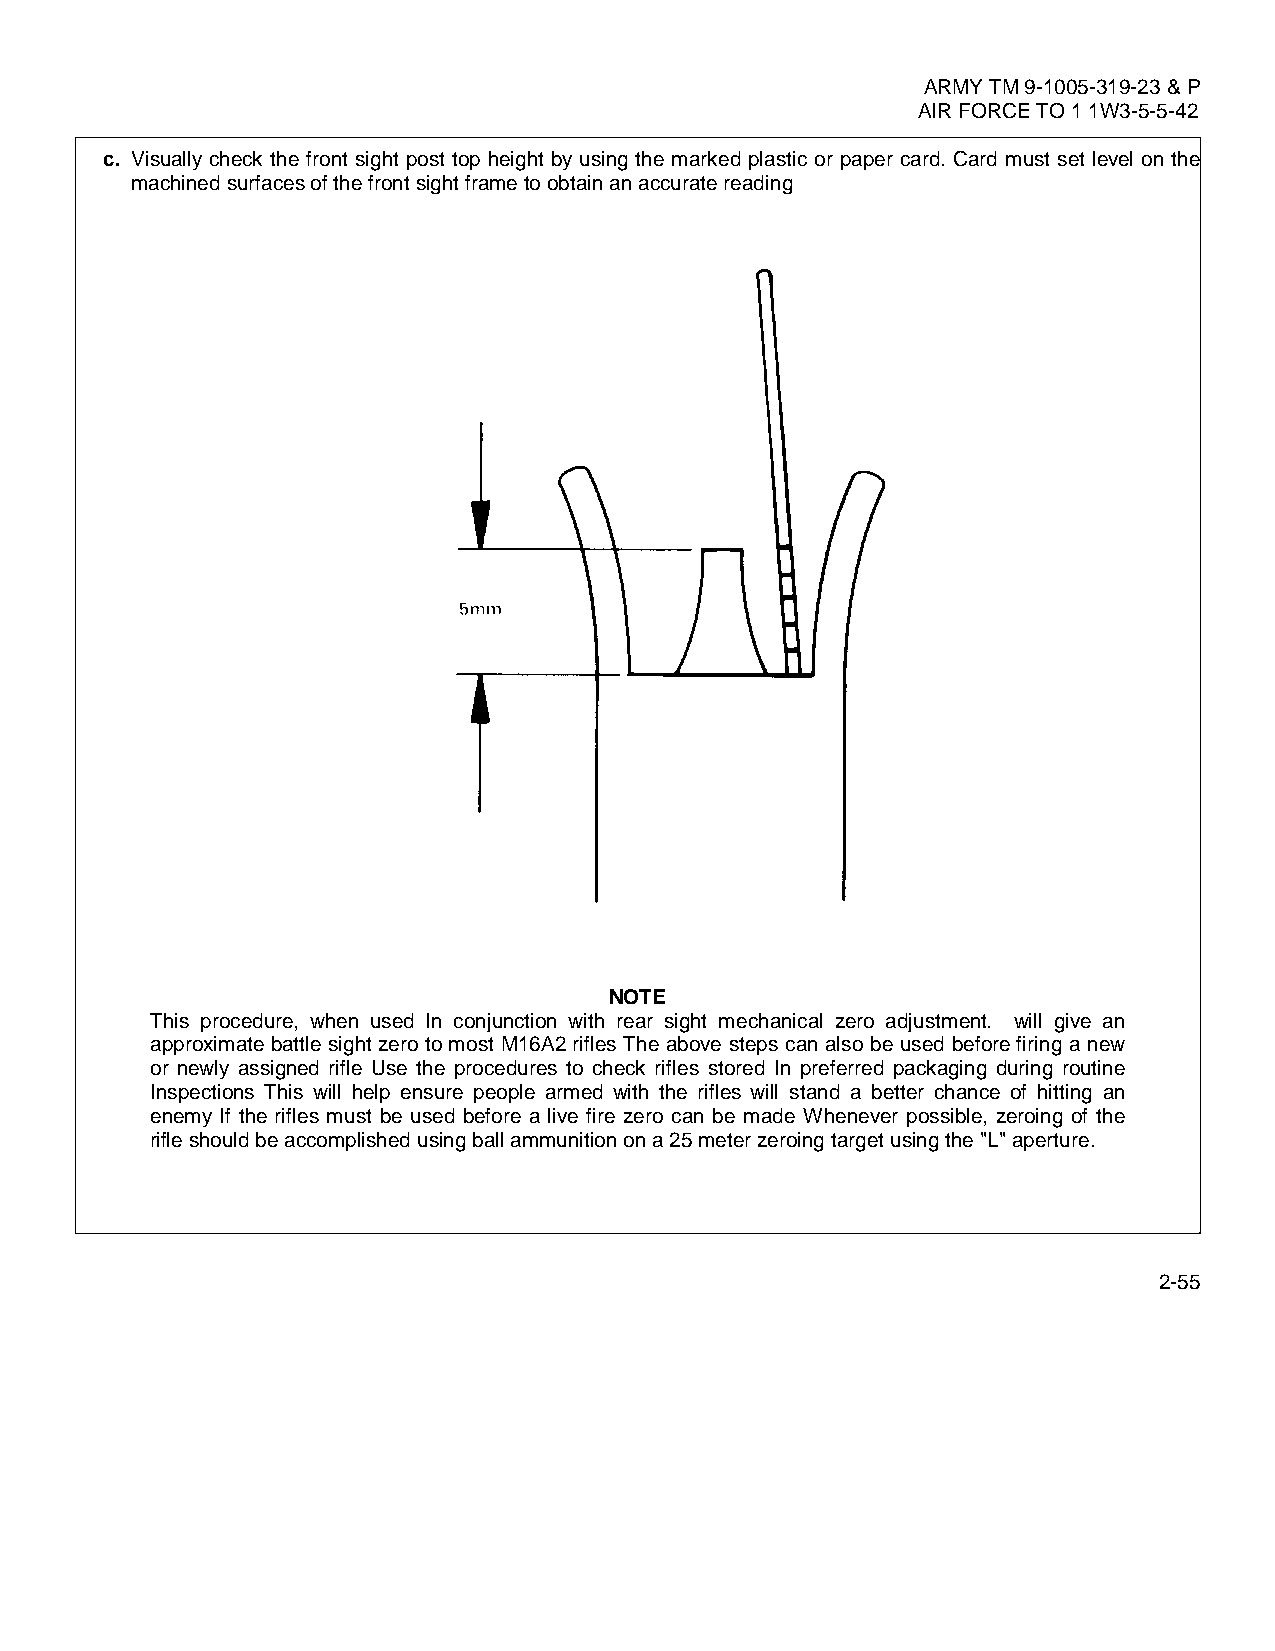
ARMY TM 9-1005-319-23 & P
 AIR FORCE TO 1 1W3-5-5-42
 c. Visually check the front sight post top height by using the marked plastic or paper card. Card must set level on the
 machined surfaces of the front sight frame to obtain an accurate reading
 NOTE
 This procedure, when used In conjunction with rear sight mechanical zero adjustment. will give an
 approximate battle sight zero to most M16A2 rifles The above steps can also be used before firing a new
 or newly assigned rifle Use the procedures to check rifles stored In preferred packaging during routine
 Inspections This will help ensure people armed with the rifles will stand a better chance of hitting an
 enemy If the rifles must be used before a live fire zero can be made Whenever possible, zeroing of the
 rifle should be accomplished using ball ammunition on a 25 meter zeroing target using the "L" aperture.
 2-55